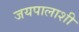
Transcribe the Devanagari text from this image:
जयपालाशी